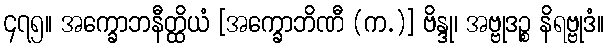
၄၇၅။ အက္ခောဘနီတ္ထိယံ [အက္ခောဘိဏီ (က.)] ဗိန္ဒု၊ အဗ္ဗုဒဉ္စ နိရဗ္ဗုဒံ။